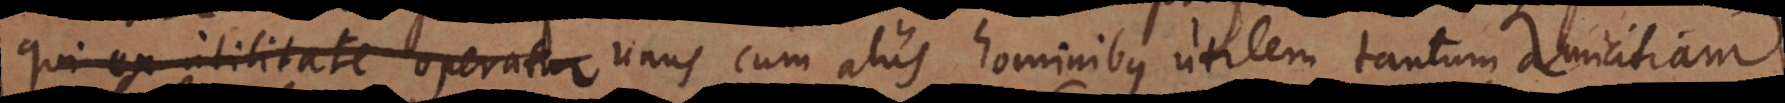
qui ex utilitate operatur unus cum aliis hominibus utilem tantum amicitiam